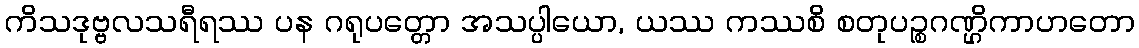
ကိသဒုဗ္ဗလသရီရဿ ပန ဂရုပတ္တော အသပ္ပါယော, ယဿ ကဿစိ စတုပဉ္စဂဏ္ဌိကာဟတော